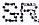
SR